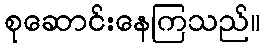
စုဆောင်းနေကြသည်။